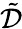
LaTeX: \tilde{\mathcal{D}}